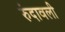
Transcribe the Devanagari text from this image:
रुंदावली